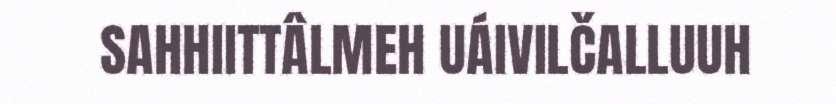
SAHHIITTÂLMEH UÁIVILČALLUUH